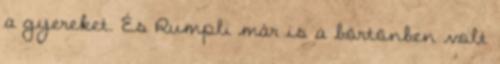
a gyereket. És Rumpli már is a börtönben volt